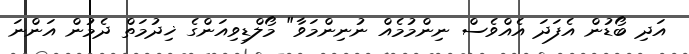
އަދި ބޯޑުން އެފަދަ އެއްވެސް ނިންމުމެއް ނުނިންމަވާ" މޯލްޑިވިއަންގެ ޚިދުމަތް ދެމުން އަންނަ